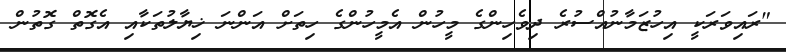
"ރައިވަރަކީ އިހުޒަމާނުއްސުރެ ދިވެހިންގެ މީހުން އެމީހުންގެ ހިތަށް އަންނަ ޚިޔާލުތަކާއި އެގޮތް ގޮތުން